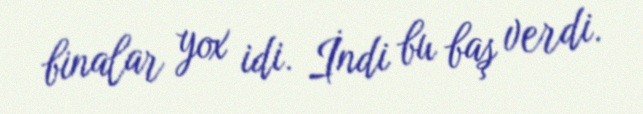
binalar yox idi. İndi bu baş verdi.